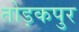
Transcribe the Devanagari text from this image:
तोड़कपुर